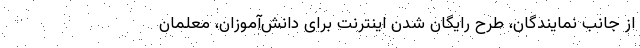
از جانب نمایندگان، طرح رایگان شدن اینترنت برای دانش‌آموزان، معلمان